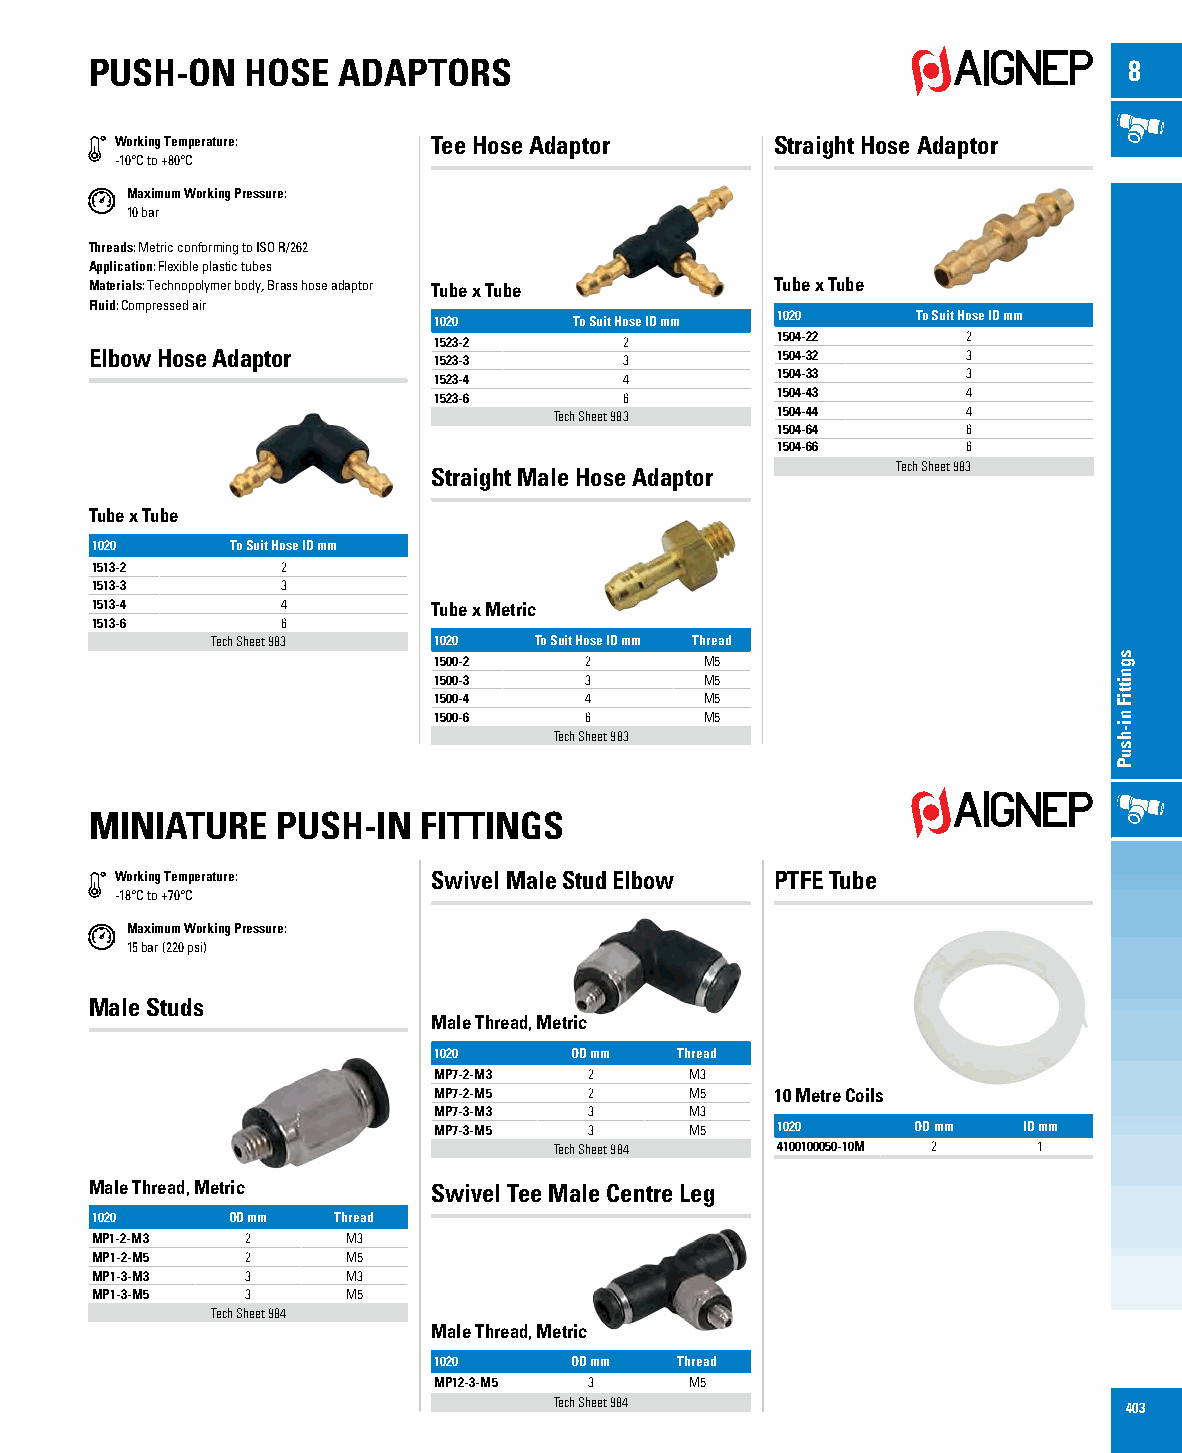
PUSH-ON   HOSE  ADAPTORS                                             8
 Working Temperature: Tee Hose Adaptor      Straight Hose Adaptor
 -10°C to +80°C
 Maximum Working Pressure:
 10 bar
 Threads: Metric conforming to ISO R/262
 Application: Flexible plastic tubes
 Materials: Technopolymer body, Brass hose adaptor Tube x Tube Tube x Tube
 Fluid: Compressed air
 1020     To Suit Hose ID mm 1020 To Suit Hose ID mm
 1523-2      2         1504-22      2
 Elbow Hose Adaptor     1523-3      3         1504-32      3
 1523-4      4         1504-33      3
 1523-6      6         1504-43      4
 Tech Sheet 983 1504-44     4
 1504-64      6
 1504-66      6
 Straight Male Hose Adaptor    Tech Sheet 983
 Tube x Tube
 1020     To Suit Hose ID mm
 1513-2       2
 1513-3       3
 1513-4       4         Tube x Metric
 1513-6       6
 Tech Sheet 983 1020  To Suit Hose ID mm Thread
 1500-2    2       M5
 1500-3    3       M5
 1500-4    4       M5
 1500-6    6       M5
 Tech Sheet 983
 MINIATURE   PUSH-IN   FITTINGS
 Working Temperature: Swivel Male Stud Elbow PTFE Tube
 -18°C to +70°C
 Maximum Working Pressure:
 15 bar (220 psi)
 Male Studs
 Male Thread, Metric
 1020     OD mm  Thread
 MP7-2-M3  2      M3
 MP7-2-M5  2      M5   10 Metre Coils
 MP7-3-M3  3      M3
 MP7-3-M5  3      M5   1020     OD mm   ID mm
 Tech Sheet 984 4100100050-10M 2 1
 Male Thread, Metric    Swivel Tee Male Centre Leg
 1020     OD mm  Thread
 MP1-2-M3  2      M3
 MP1-2-M5  2      M5
 MP1-3-M3  3      M3
 MP1-3-M5  3      M5
 Tech Sheet 984
 Male Thread, Metric
 1020     OD mm  Thread
 MP12-3-M5 3      M5
 Tech Sheet 984                       403
 sgnittiF
 ni-hsuP